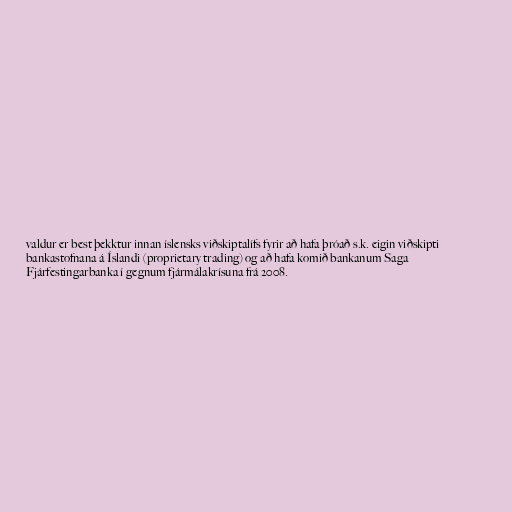
valdur er best þekktur innan íslensks viðskiptalífs fyrir að hafa þróað s.k. eigin viðskipti
bankastofnana á Íslandi (proprietary trading) og að hafa komið bankanum Saga
Fjárfestingarbanka í gegnum fjármálakrísuna frá 2008.